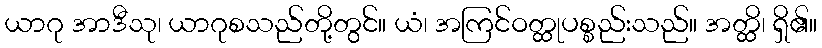
ယာဂု အာဒီသု၊ ယာဂုစသည်တို့တွင်။ ယံ၊ အကြင်ဝတ္ထုပစ္စည်းသည်။ အတ္ထိ၊ ရှိ၏။